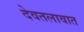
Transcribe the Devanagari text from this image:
देवतलावात